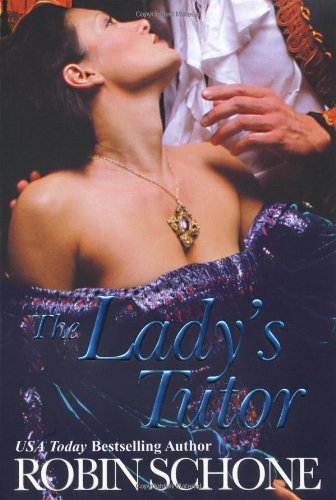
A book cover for The Lady's Tutor; Robin Schone; Romance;